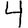
Digit: 4